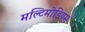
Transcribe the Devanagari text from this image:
मल्टिमीडियम